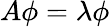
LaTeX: A\phi=\lambda\phi